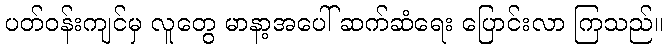
ပတ်ဝန်းကျင်မှ လူတွေ မာနာ့အပေါ် ဆက်ဆံရေး ပြောင်းလာ ကြသည်။